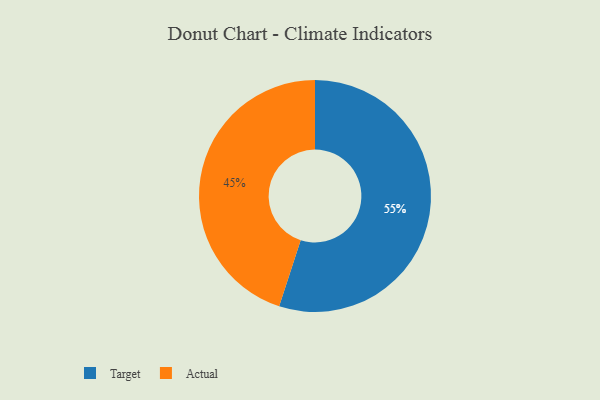
{"axis": {"x": "Category", "y": "Percentage"}, "legend": ["Actual", "Target"], "data": [{"x": "Target", "y": 55, "type": "Target"}, {"x": "Actual", "y": 45, "type": "Actual"}]}